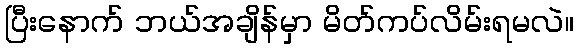
ပြီးနောက် ဘယ်အချိန်မှာ မိတ်ကပ်လိမ်းရမလဲ။